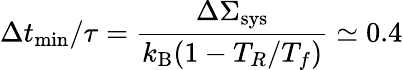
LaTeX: \Delta t_{\mathrm{min}}/\tau=\frac{\Delta\Sigma_{\mathrm{sys}}}{k_{\mathrm{B}}(1-T_{R}/T_{f})}\simeq 0.4